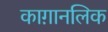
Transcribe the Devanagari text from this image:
काग़ानलिक